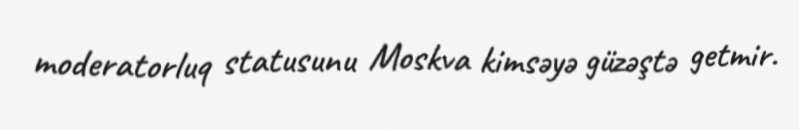
moderatorluq statusunu Moskva kimsəyə güzəştə getmir.